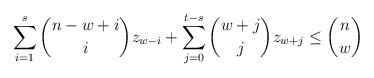
LaTeX: \begin{align*} \sum\limits_{i=1}^s\binom{n - w + i}{i}z_{w-i}+\sum\limits_{j=0}^{t-s}\binom{w+j}{j}z_{w+j}\le \binom{n}{w} \end{align*}